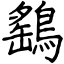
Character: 鷂